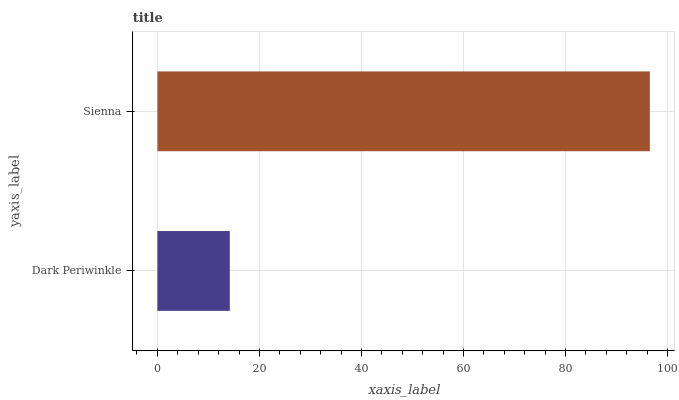
| yaxis_label | bars |
 | --- | --- |
 | Dark Periwinkle | 14.2 |
 | Sienna | 96.5 |